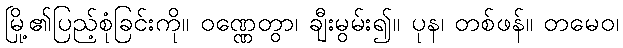
မြို့၏ပြည့်စုံခြင်းကို။ ဝဏ္ဏေတွာ၊ ချီးမွမ်း၍။ ပုန၊ တစ်ဖန်။ တမေဝ၊